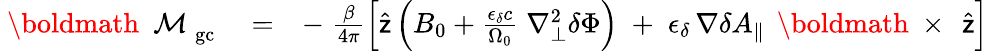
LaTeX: \begin{array}{rlr}{\mathrm{~\boldmath~\cal~M~}_{\mathrm{gc}}}&{{}=}&{-\; \frac{\beta}{4\pi}\left[\widehat{\sf z}\left(B_{0}+\frac{\epsilon_{\delta}c}{\Omega_{0}}\; \nabla_{\bot}^{2}\delta\Phi\right)\; +\; \epsilon_{\delta}\, \nabla\delta A_{\| }\, \mathrm{~\boldmath~\times~}\, \widehat{\sf z}\right]}\end{array}